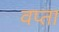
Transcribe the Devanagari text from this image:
वप्ता